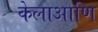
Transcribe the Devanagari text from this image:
केलाआणि